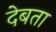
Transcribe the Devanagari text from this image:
देबता